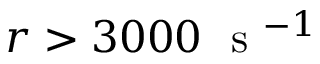
r > 3 0 0 0 ~ \mathrm { ~ s ~ } ^ { - 1 }